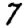
Digit: 7